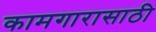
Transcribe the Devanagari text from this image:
कामगारासाठी